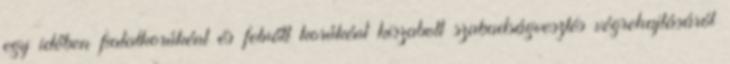
egy időben fiatalkorúként és felnőtt korúként kiszabott szabadságvesztés végrehajtásáról